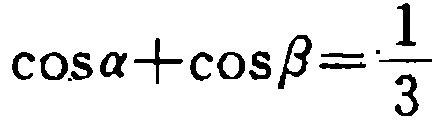
\(\cos\alpha+\cos\beta=\frac{1}{3}\)